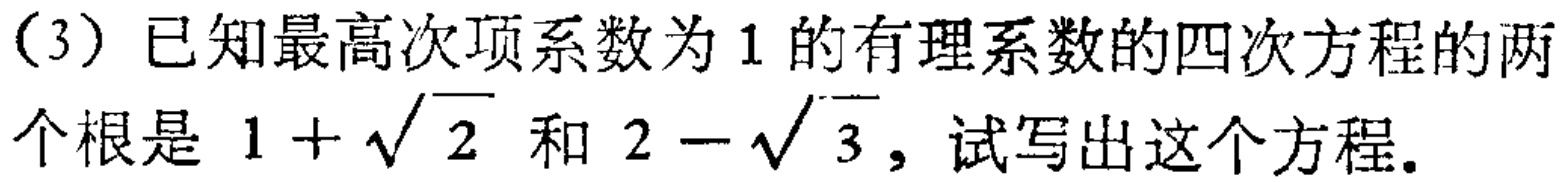
（3）已知最高次项系数为1的有理系数的四次方程的两个根是 \(1 + \sqrt{2}\) 和 \(2 - \sqrt{3}\)，试写出这个方程。